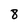
Character: 8